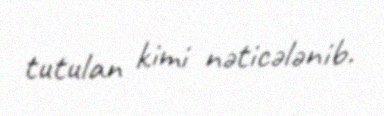
tutulan kimi nəticələnib.